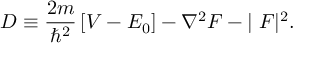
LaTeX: D \equiv { \frac { 2 m } { \hbar ^ { 2 } } } \left[ V - E _ { 0 } \right] - \nabla ^ { 2 } F - | { \bf \nabla } F | ^ { 2 } .